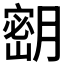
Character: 𫆴